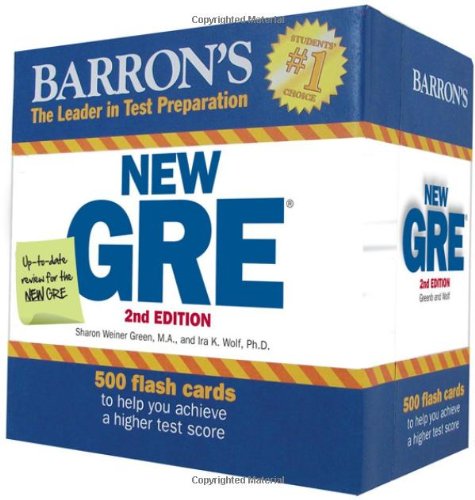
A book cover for Barron's New GRE Flash Cards, 2nd Edition; Sharon Weiner Green M.A.; Test Preparation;